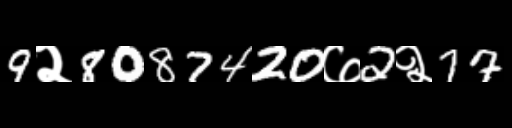
Text: 9२8087420७2२77